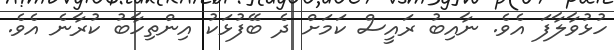
ހުޅުވާލާފަ އެވެ. ނާއިބު ރައީސް ކަމަށް ދެ ބޭފުޅަކު އިންތިހާބު ކުރާނެ އެވެ.